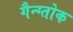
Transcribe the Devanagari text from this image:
गैन्ग्तोक